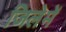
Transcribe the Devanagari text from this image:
जिलेमें